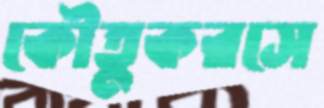
কৌতুকরসে